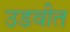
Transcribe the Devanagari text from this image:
उडवीत